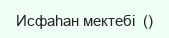
Исфаһан мектебі  ()